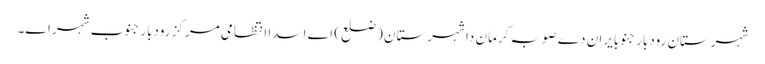
شہرستان رودبار جنوبایران دے صوبہ کرمان دا شہرستان (ضلع) اے اسدا انتظامی مرکز رودبار جنوب شہر اے۔